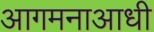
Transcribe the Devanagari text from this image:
आगमनाआधी